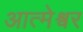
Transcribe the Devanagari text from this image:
आत्मेश्वर